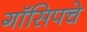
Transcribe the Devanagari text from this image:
गॉसिपचे